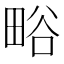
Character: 𭻗